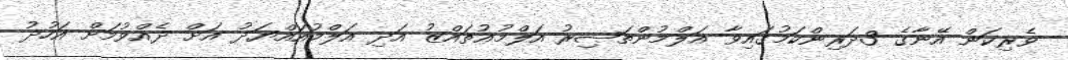
ވެރިކަން އޭނާގެ 3ދަރިންކަމުގައިވާ އަލްމުންތަޞިރު އަލްމުޢުތައްޒު އަދި އަލްމުއައްޔަދު އަށް ދެއްވުމަށް އަހުދު